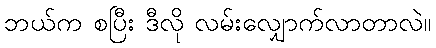
ဘယ်က စပြီး ဒီလို လမ်းလျှောက်လာတာလဲ။